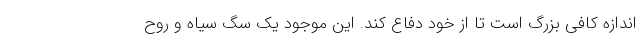
اندازه کافی بزرگ است تا از خود دفاع کند. این موجود یک سگ سیاه و روح